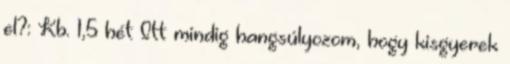
el?: Kb. 1,5 hét Itt mindig hangsúlyozom, hogy kisgyerek